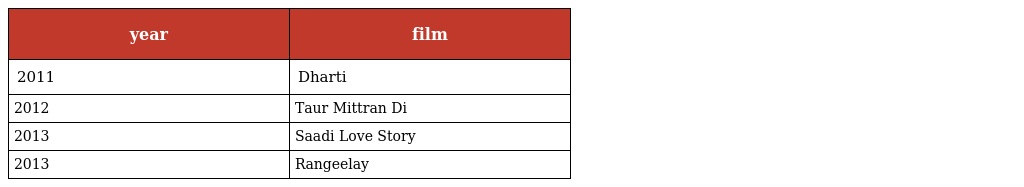
| year | film |
 | --- | --- |
 | 2011 | Dharti |
 | 2012 | Taur Mittran Di |
 | 2013 | Saadi Love Story |
 | 2013 | Rangeelay |